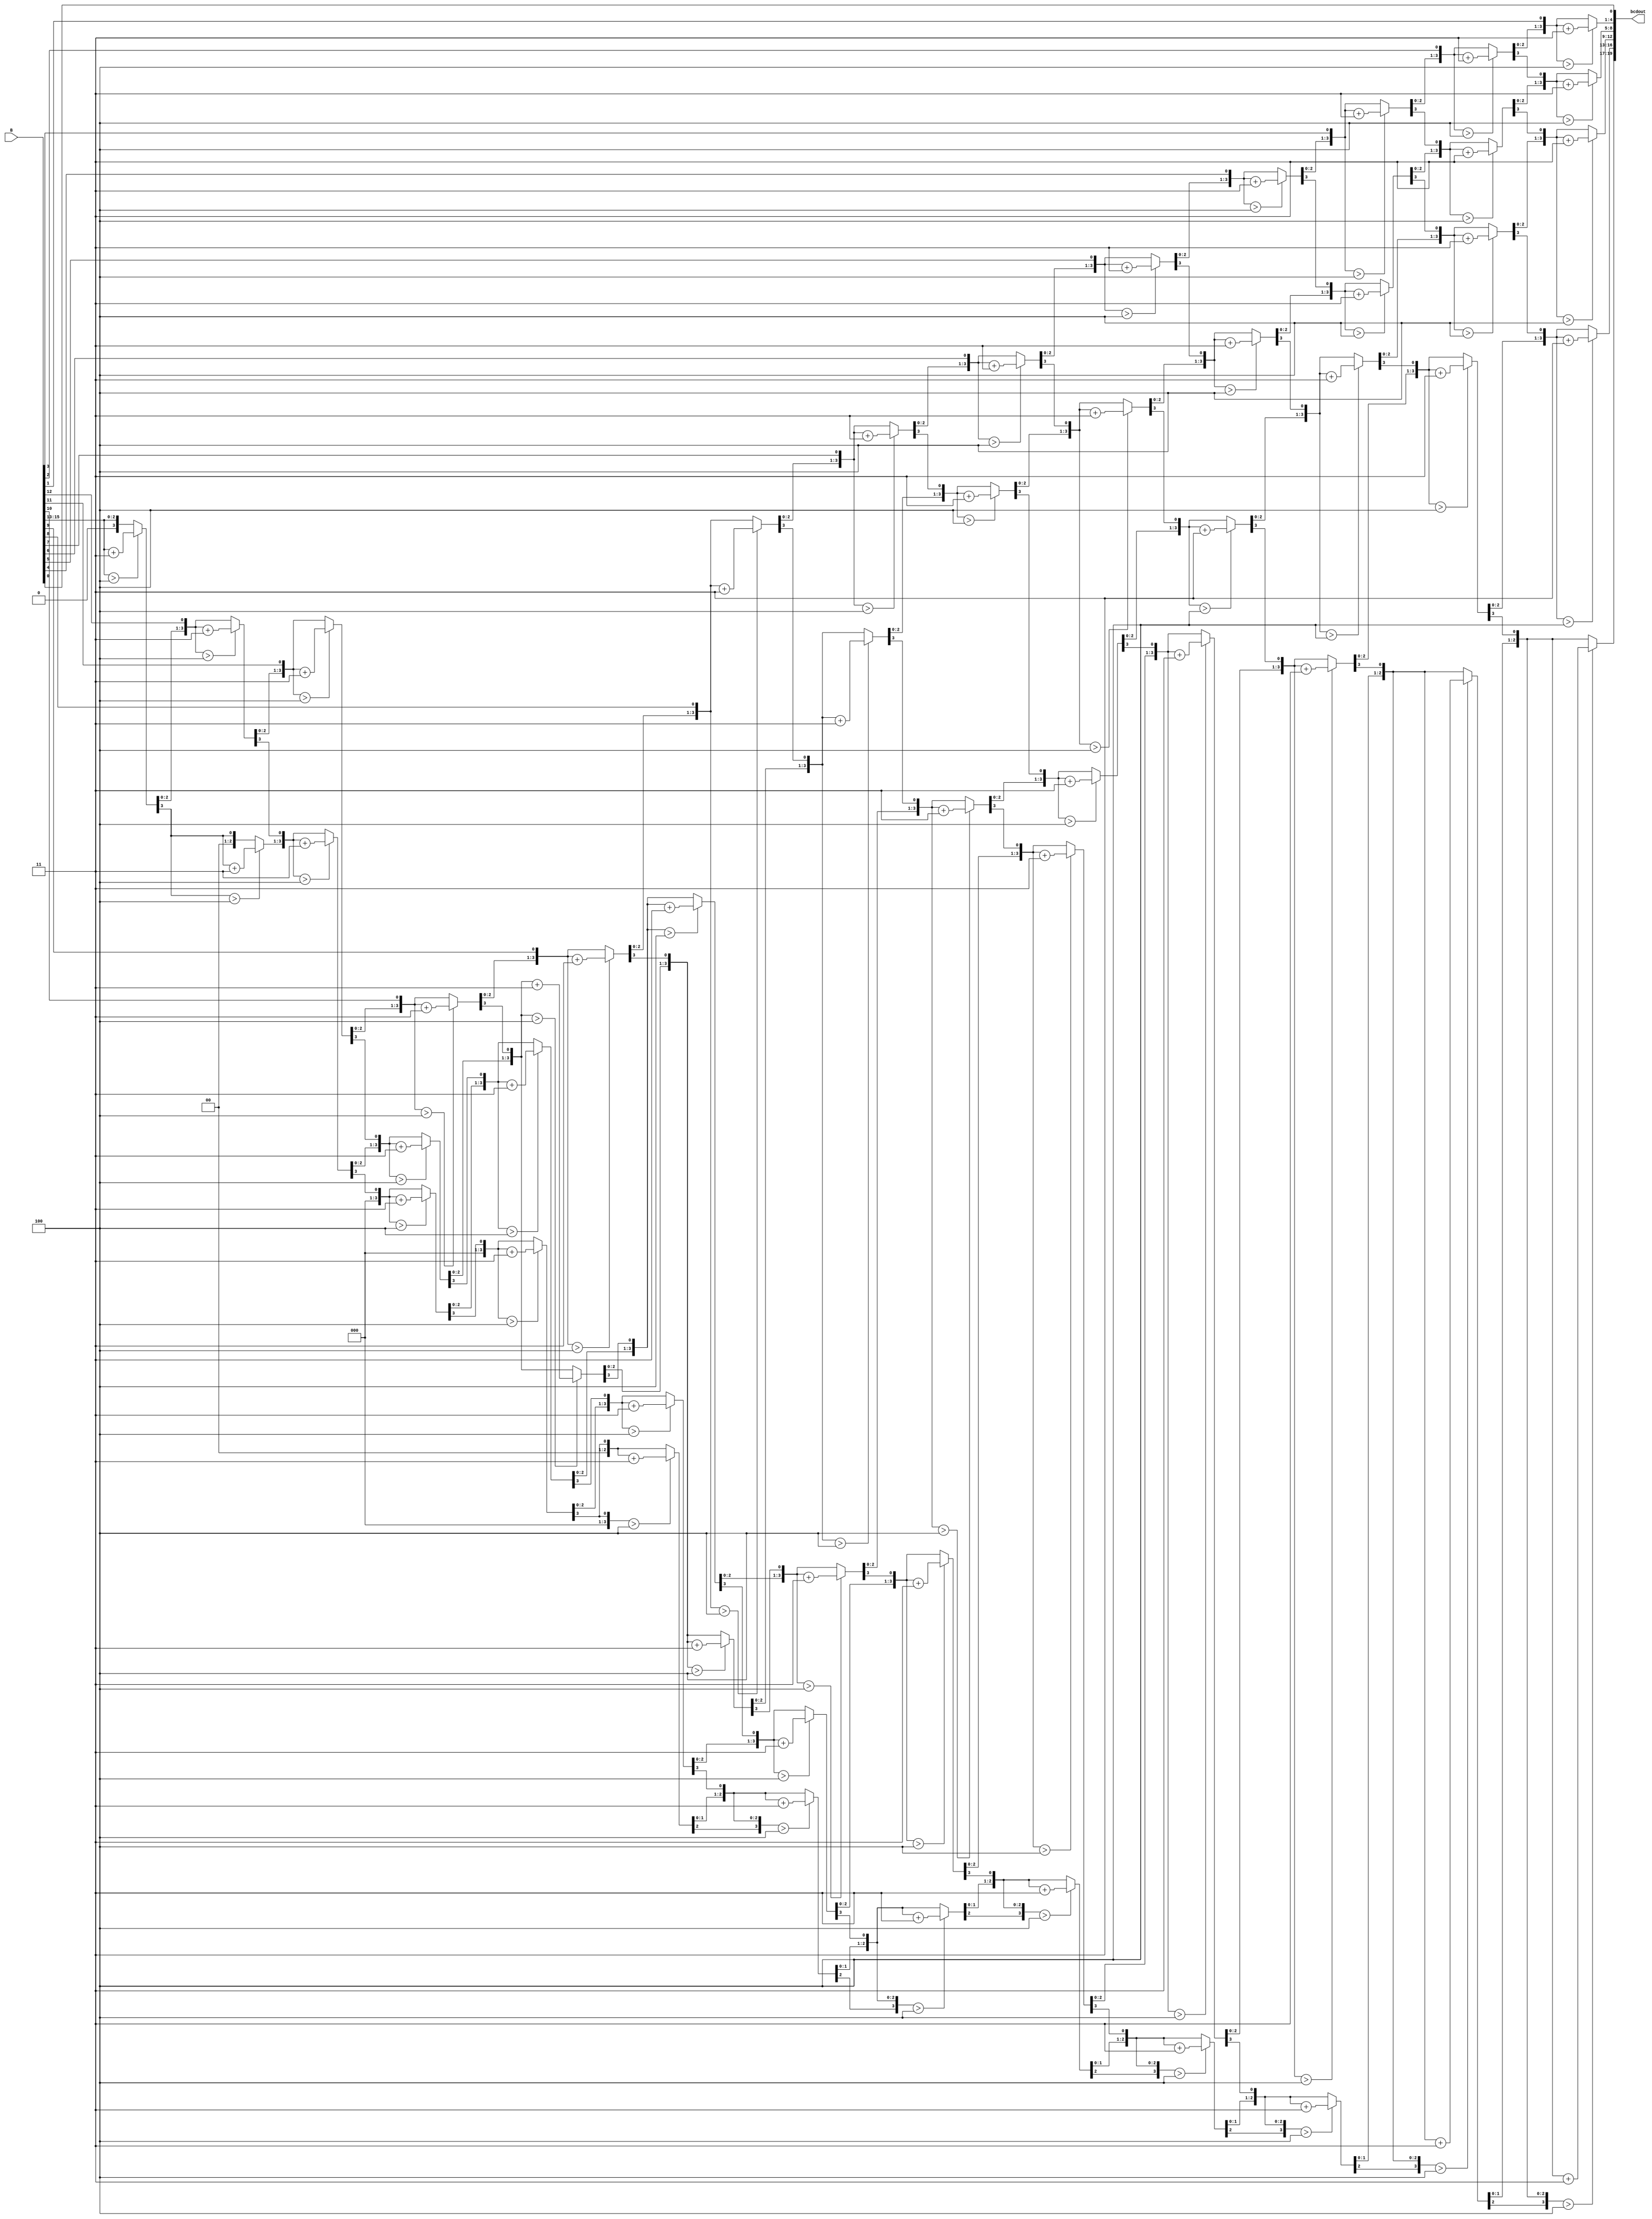
module bin_to_decimal(

	input [15:0] B,
	output reg [19:0] bcdout
	);
	
	reg [35:0] z;
	integer i;

always @(*)
  begin
    for(i = 0; i <= 35; i = i+1)
	z[i] = 0;
    z[18:3] = B; // shift b 3 places left

    //for(i = 0; i <= 12; i = i+1)
    repeat(13)
	 begin
	if(z[19:16] > 4)	
		z[19:16] = z[19:16] + 3;
	if(z[23:20] > 4) 	
		z[23:20] = z[23:20] + 3;
	if(z[27:24] > 4) 	
		z[27:24] = z[27:24] + 3;
	if(z[31:28] > 4) 	
		z[31:28] = z[31:28] + 3;
	if(z[35:32] > 4) 	
		z[35:32] = z[35:32] + 3;

	z[35:1] = z[34:0];
	
	//z[34:2] = z[33:1];
    end      
    bcdout = z[35:16];//20 bits
  end         
  
endmodule